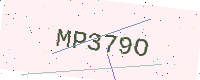
Text: MP379O